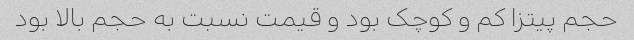
حجم پیتزا کم و کوچک بود و قیمت نسبت به حجم بالا بود